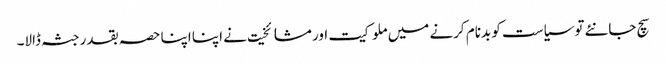
سچ جانئے توسیاست کو بدنام کرنے میں ملوکیت اور مشائخیت نے اپنا اپنا حصہ بقدر جثہ ڈالا۔